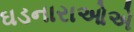
ઘડનારાઓએ